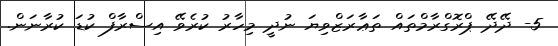
5- ދޭދޭ ޕްރޮގްރާމްތައް ތަޢާރަޒްވިޔަ ނުދީ މިހާރު ކުރެވޭ އިސްރާފް ކުޑަ ކުރާނަން.